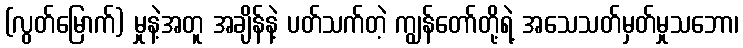
(လွတ်မြောက်) မှုနဲ့အတူ အချိန်နဲ့ ပတ်သက်တဲ့ ကျွန်တော်တို့ရဲ့ အသေသတ်မှတ်မှုသဘော၊